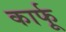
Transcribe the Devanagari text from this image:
कार्फू